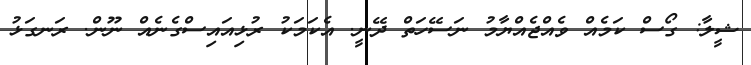
ޝީލާ: ގޯސް ކަމެއް ވެއްޖެއްޔާމު ނަސޭހަތް ދޭނީ. އެކަމަކު ރުޅިއައިސްގެނެއް ނޫން. ރަނގަޅު